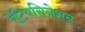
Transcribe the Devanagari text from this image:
रेटियसिनेशन